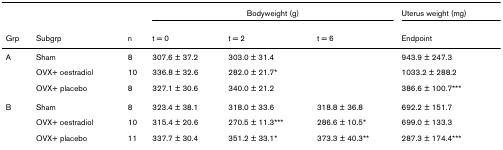
<table><thead><tr><td></td><td></td><td></td><td colspan="3"><b>Bodyweight (g)</b></td><td><b>Uterus weight (mg)</b></td></tr><tr><td><b>Grp</b></td><td><b>Subgrp</b></td><td><b>n</b></td><td><b>t = 0</b></td><td><b>t = 2</b></td><td><b>t = 6</b></td><td><b>Endpoint</b></td></tr></thead><tbody><tr><td>A</td><td>Sham</td><td>8</td><td>307.6 ± 37.2</td><td>303.0 ± 31.4</td><td></td><td>943.9 ± 247.3</td></tr><tr><td></td><td>OVX+ oestradiol</td><td>10</td><td>336.8 ± 32.6</td><td>282.0 ± 21.7*</td><td></td><td>1033.2 ± 288.2</td></tr><tr><td></td><td>OVX+ placebo</td><td>8</td><td>327.1 ± 30.6</td><td>340.0 ± 21.2</td><td></td><td>386.6 ± 100.7***</td></tr><tr><td>B</td><td>Sham</td><td>8</td><td>323.4 ± 38.1</td><td>318.0 ± 33.6</td><td>318.8 ± 36.8</td><td>692.2 ± 151.7</td></tr><tr><td></td><td>OVX+ oestradiol</td><td>10</td><td>315.4 ± 20.6</td><td>270.5 ± 11.3***</td><td>286.6 ± 10.5*</td><td>699.0 ± 133.3</td></tr><tr><td></td><td>OVX+ placebo</td><td>11</td><td>337.7 ± 30.4</td><td>351.2 ± 33.1*</td><td>373.3 ± 40.3**</td><td>287.3 ± 174.4***</td></tr></tbody></table>